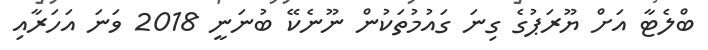
ބްލެޓާ އަށް ޔޫރަޕުގެ ގިނަ ގައުމުތަކުން ނޫނެކޭ ބުނަނީ 2018 ވަނަ އަހަރާއި